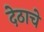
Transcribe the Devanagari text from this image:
देठाचे